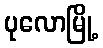
ပုလောမြို့